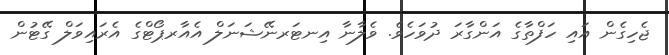
ޖެހިގެން އައި ހަފްތާގެ އަންގާރަ ދުވަހެވެ. ވެލާނާ އިނޓަރނޭޝަނަލް އެއާރޕޯޓްގެ އެރައިވަލް ގޭޓުން